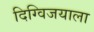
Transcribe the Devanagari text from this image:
दिग्विजयाला